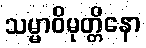
သမ္မာဝိမုတ္တိနော